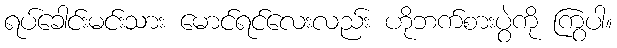
ရပ်ခေါင်းမင်းသား မောင်ရင်လေးလည်း ဟိုဘက်စားပွဲကို ကြွပါ။